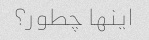
اینها چطور؟